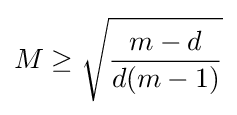
M\geq {\sqrt {\frac {m-d}{d(m-1)}}}